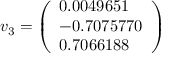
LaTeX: v _ { 3 } = { \left( \begin{array} { l } { 0 . 0 0 4 9 6 5 1 } \\ { - 0 . 7 0 7 5 7 7 0 } \\ { 0 . 7 0 6 6 1 8 8 } \end{array} \right) }